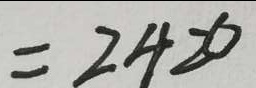
= 2 4 2 0